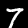
Label: 7